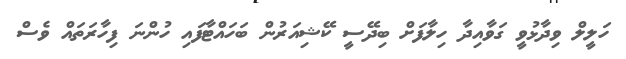
ހަލީލް ވިދާޅުވީ ގަވާއިދާ ހިލާފަށް ބިދޭސީ ކޭޝިއަރުން ބަހައްޓާފައި ހުންނަ ފިހާރަތައް ވެސް